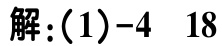
解:(1)$-4\ 18$